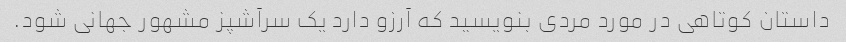
داستان کوتاهی در مورد مردی بنویسید که آرزو دارد یک سرآشپز مشهور جهانی شود.